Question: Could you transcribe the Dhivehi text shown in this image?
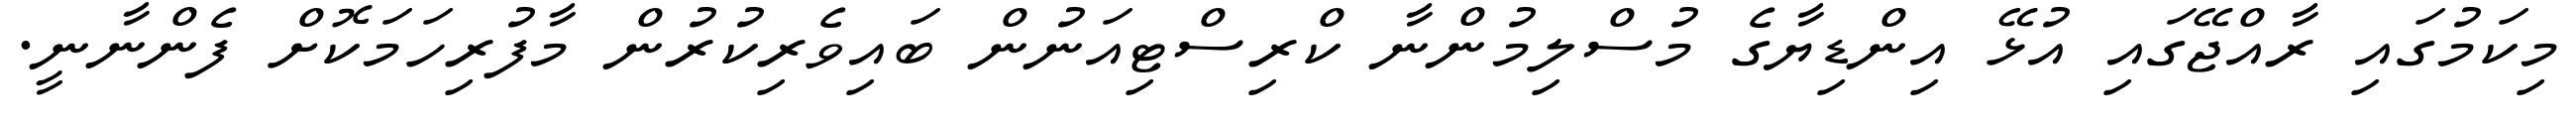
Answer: މިކަމުގައި ރާއްޖޭގައި އުޅޭ އިންޑިޔާގެ މުސްލިމުންނާ ކްރިސްޓިއަނުން ބައިވެރިކުރުން މާފުރިހަމަކޮށް ފެންނާނީ.